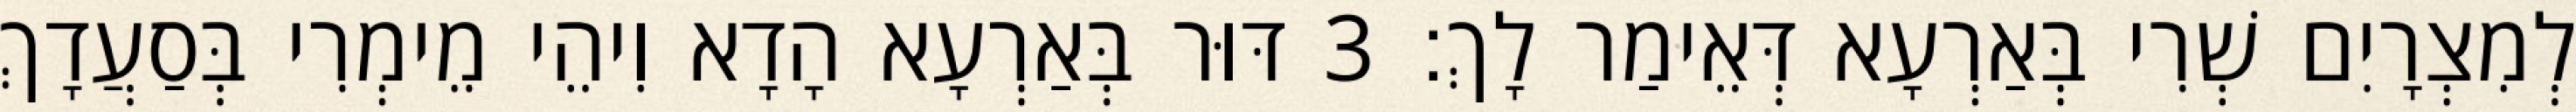
לְמִצְרָיִם שְׁרִי בְּאַרְעָא דְּאֵימַר לָךְ׃ 3 דּוּר בְּאַרְעָא הָדָא וִיהֵי מֵימְרִי בְּסַעֲדָךְ